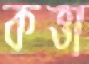
কত্তা